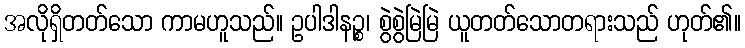
အလိုရှိတတ်သော ကာမဟူသည်။ ဥပါဒါနဉ္စ၊ စွဲစွဲမြဲမြဲ ယူတတ်သောတရားသည် ဟုတ်၏။